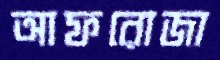
আফরোজা